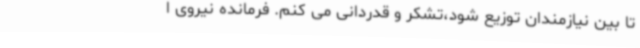
تا بین نیازمندان توزیع شود،تشکر و قدردانی می کنم. فرمانده نیروی ا